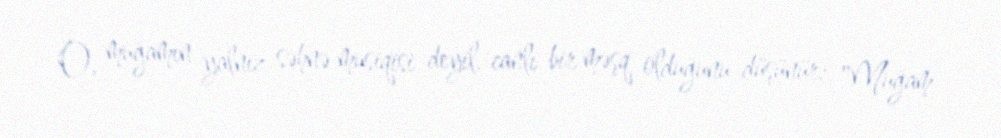
O, muğamın yalnız səhnə musiqisi deyil, canlı bir məşq olduğunu düşünür: "Muğam